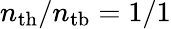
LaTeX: n_{\mathrm{th}}/n_{\mathrm{tb}}=1/1